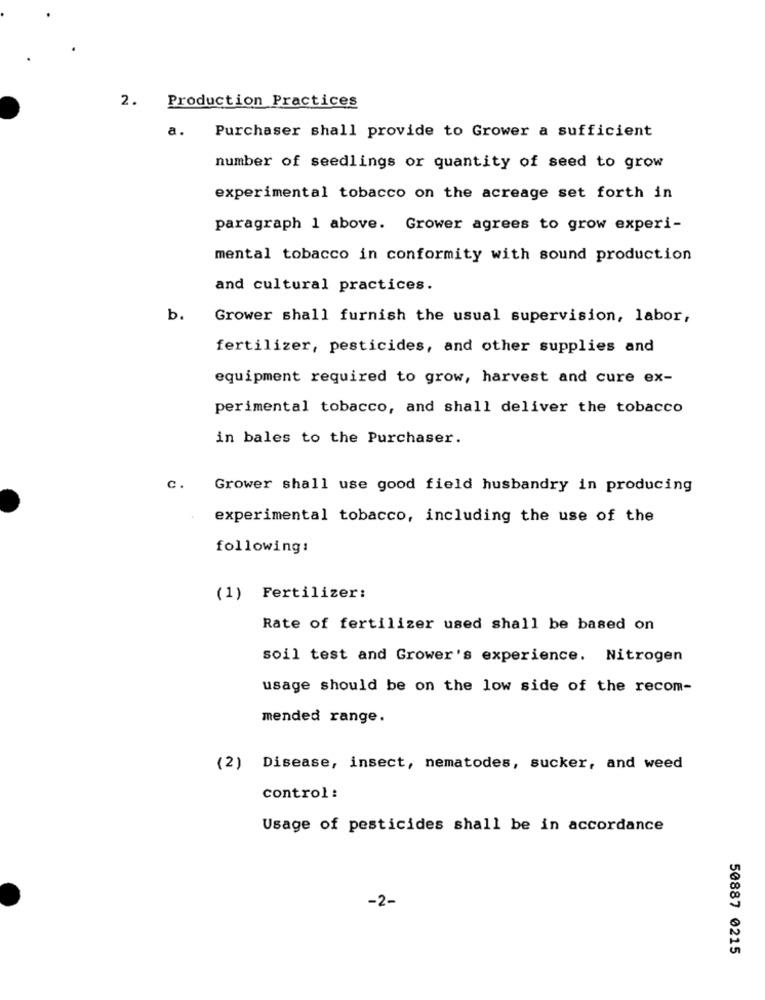
2.
Production Practices
a.
Purchaser shall provide to Grower a sufficient
number of seedlings or quantity of seed to grow
experimental tobacco on the acreage set forth in
paragraph 1 above. Grower agrees to grow experi-
mental tobacco in conformity with sound production
and cultural practices.
b.
Grower shall furnish the usual supervision, labor,
fertilizer, pesticides, and other supplies and
equipment required to grow, harvest and cure ex-
perimental tobacco, and shall deliver the tobacco
in bales to the Purchaser.
c.
Grower shall use good field husbandry in producing
experimental tobacco, including the use of the
following:
(1) Fertilizer:
Rate of fertilizer used shall be based on
soil test and Grower's experience. Nitrogen
usage should be on the low side of the recom-
mended range.
(2) Disease, insect, nematodes, sucker, and weed
control :
Usage of pesticides shall be in accordance
-2-
50887 0215